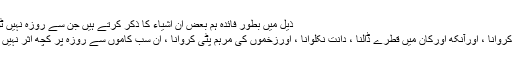
ذیل میں بطور فائدہ ہم بعض ان اشیاء کا ذکر کرتے ہيں جن سے روزہ نہيں ٹوٹتا :
انیما کروانا ، اورآنکھ اورکان میں قطرے ڈالنا ، دانت نکلوانا ، اورزخموں کی مرہم پٹی کروانا ، ان سب کاموں سے روزہ پر کچھ اثر نہيں ہوتا ۔